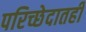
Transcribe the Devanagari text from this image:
परिच्छेदातही